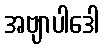
အဗျာပါဒေါ